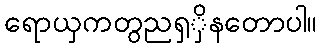
ရောယှကတွညရှှိနတောပါ။